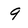
Character: 9